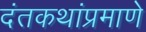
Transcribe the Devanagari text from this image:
दंतकथांप्रमाणे